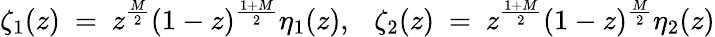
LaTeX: \zeta_{1}(z)~=~z^{\frac{M}{2}}(1-z)^{\frac{1+M}{2}}\eta_{1}(z),~~~\zeta_{2}(z)~=~z^{\frac{1+M}{2}}(1-z)^{\frac{M}{2}}\eta_{2}(z)